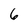
Character: 6